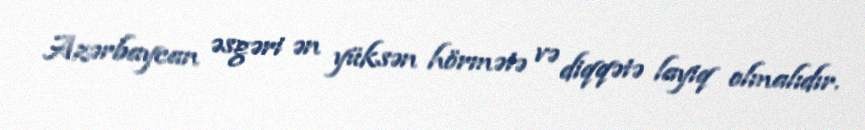
Azərbaycan əsgəri ən yüksən hörmətə və diqqətə layiq olmalıdır.